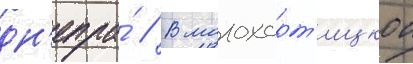
дн'епра́ // В малохорт'ицкои